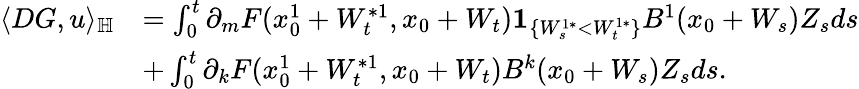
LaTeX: \begin{array}{rl}{\langle DG,u\rangle_{{\mathbb H}}}&{=\int_{0}^{t}\partial_{m}F({x_{0}^{1}}+W_{t}^{*1},x_{0}+W_{t}){\mathbf 1}_{\{ W_{s}^{1*}<W_{t}^{1*}\} }B^{1}(x_{0}+W_{s}){Z_{s}}ds}\\ &{+\int_{0}^{t}{\partial_{k}}F({x_{0}^{1}}+W_{t}^{*1},x_{0}+W_{t})B^{k}(x_{0}+W_{s}){Z_{s}}ds.}\end{array}